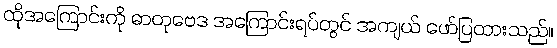
ထိုအကြောင်းကို ဓာတုဗေဒ အကြောင်းရပ်တွင် အကျယ် ဖော်ပြထားသည်။